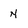
Character: N